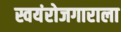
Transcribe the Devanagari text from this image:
स्वयंरोजगाराला